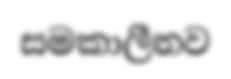
සමකාලීනව